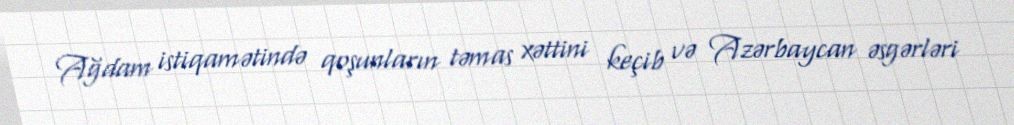
Ağdam istiqamətində qoşunların təmas xəttini keçib və Azərbaycan əsgərləri